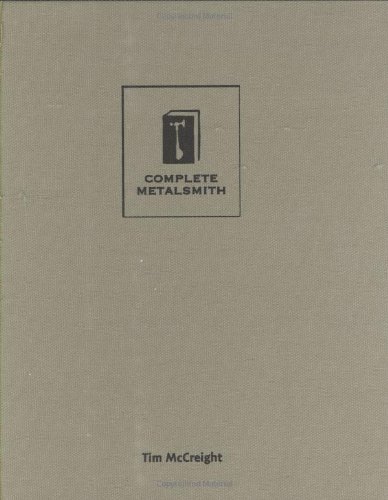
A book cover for Complete Metalsmith: Professional Edition; Tim McCreight; Crafts, Hobbies & Home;